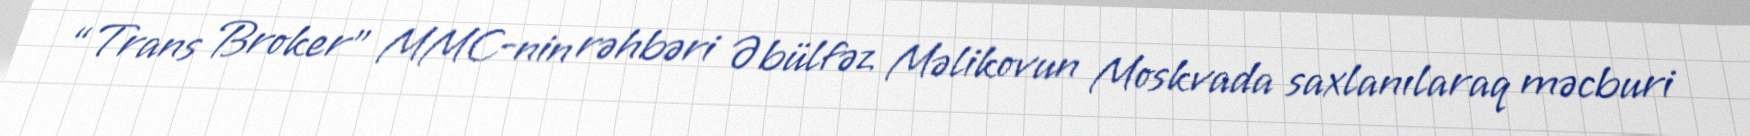
“Trans Broker” MMC-nin rəhbəri Əbülfəz Məlikovun Moskvada saxlanılaraq məcburi